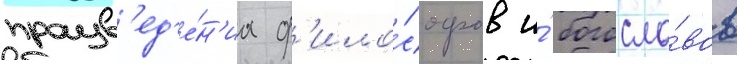
произв'ед'е́н'иа ф'ило́софов и́ богосло́вов